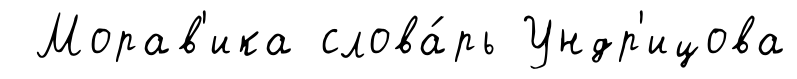
Морав'ика слова́рь Ундр'ицова